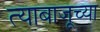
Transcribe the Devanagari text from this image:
त्याबाजूच्या